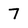
Character: 7